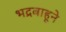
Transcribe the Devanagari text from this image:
भद्रबाहूने